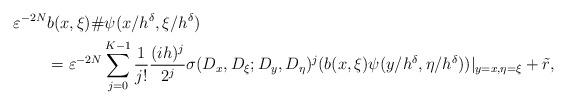
LaTeX: \begin{align*}\begin{aligned}\varepsilon^{-2N}& b(x,\xi)\# \psi (x/h^\delta,\xi/h^\delta)\\&=\varepsilon^{-2N} \sum_{j=0}^{K-1} \frac{1}{j!} \frac{(ih)^j}{2^j}\sigma(D_x,D_\xi;D_y,D_\eta)^j (b(x,\xi) \psi (y/h^\delta,\eta/h^\delta))|_{y=x,\eta=\xi}+\tilde r, \end{aligned}\end{align*}